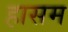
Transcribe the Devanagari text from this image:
हासम